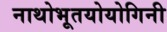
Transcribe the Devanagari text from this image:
नाथोभूतयोयोगिनी